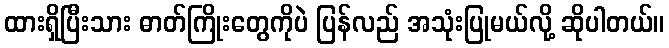
ထားရှိပြီးသား ဓာတ်ကြိုးတွေကိုပဲ ပြန်လည် အသုံးပြုမယ်လို့ ဆိုပါတယ်။